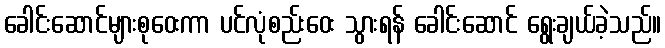
ခေါင်းဆောင်များစုဝေးကာ ပင်လုံစည်းဝေး သွားရန် ခေါင်းဆောင် ရွေးချယ်ခဲ့သည်။